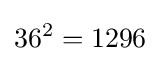
36^{2}=1296